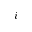
i